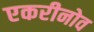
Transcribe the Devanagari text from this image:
एकरीनोव